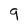
Character: 9